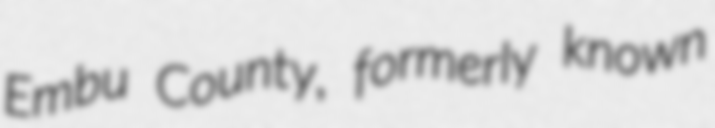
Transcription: Embu County, formerly known